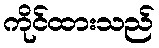
ကိုင်ထားသည်